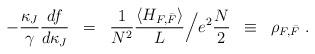
LaTeX: \begin{align*}- \frac{\kappa_J}{\gamma}\frac{df}{d\kappa_J} \; \; = \; \; \frac{1}{N^2}\frac{\langle H_{F,\bar{F}} \rangle}{L} \Big/ e^2\frac{N}{2} \; \; \equiv\; \; \rho_{F,\bar{F}} \; .\end{align*}